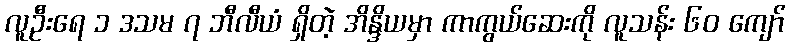
လူဦးရေ ၁ ဒသမ ၇ ဘီလီယံ ရှိတဲ့ အိန္ဒိယမှာ ကာကွယ်ဆေးကို လူသန်း ၆၀ ကျော်